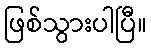
ဖြစ်သွားပါပြီ။